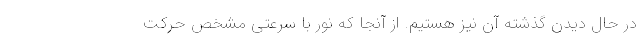
در حال دیدن گذشته آن نیز هستیم. از آنجا که نور با سرعتی مشخص حرکت